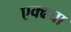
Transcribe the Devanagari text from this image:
एक्ढ्या